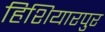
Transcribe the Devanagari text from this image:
हिशियारपुर